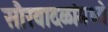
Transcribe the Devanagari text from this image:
सौरवादळांमध्ये